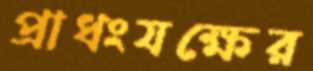
প্রাধংযক্ষের